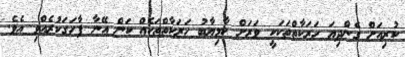
ކުރިއަށް ގެންދިޔަ ހަރަކާތްތަކަކީ ވަރަށް ކާމިޔާބު ހަރަކާތްތަކެއް ކަން އޭނާ ފާހަގަކުރެއްވި އެވެ.